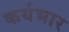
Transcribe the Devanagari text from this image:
कर्यभार